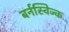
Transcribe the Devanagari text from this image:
बर्नस्विज्क